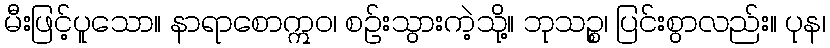
မီးဖြင့်ပူသော။ နာရာစောဣဝ၊ စဉ်းသွားကဲ့သို့။ ဘုသဉ္စ၊ ပြင်းစွာလည်း။ ပုန၊